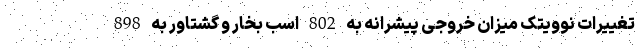
تغییرات نوویتک میزان خروجی پیشرانه به 802 اسب بخار و گشتاور به 898